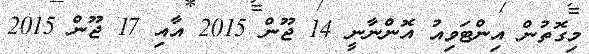
މިގޮތުން އިންޓަވިއު އޮންނާނީ 14 ޖޫން 2015 އާއި 17 ޖޫން 2015